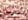
حامل